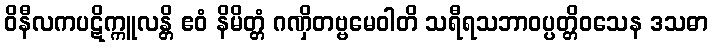
ဝိနီလကပဋိက္ကူလန္တိ ဧဝံ နိမိတ္တံ ဂဏှိတဗ္ဗမေဝါတိ သရီရသဘာဝပ္ပတ္တိဝသေန ဒသဓာ